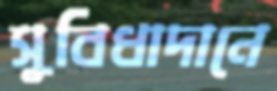
সুবিধাদানে